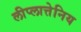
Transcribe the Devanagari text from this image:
लीप्लात्तेनिय